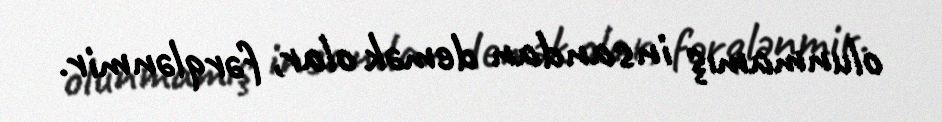
olunmamış insandan demək olar, fərqlənmir.